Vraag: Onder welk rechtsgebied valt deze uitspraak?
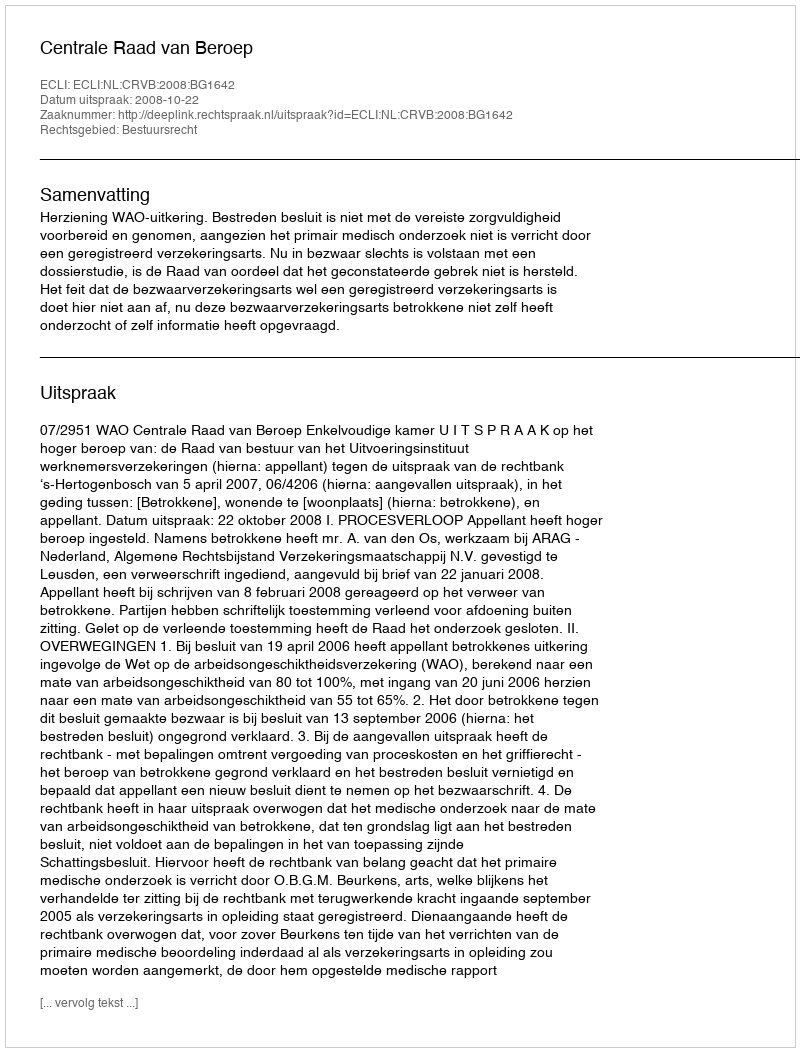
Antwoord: Bestuursrecht